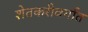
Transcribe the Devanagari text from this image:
शेतकरीवर्गात